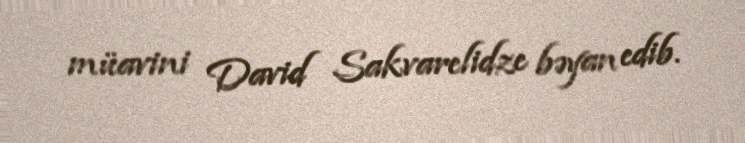
müavini David Sakvarelidze bəyan edib.